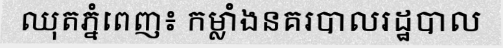
ឈុតភ្នំពេញ៖ កម្លាំងនគរបាលរដ្ឋបាល